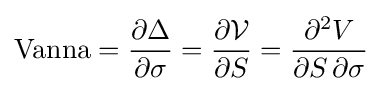
{\text{Vanna}}={\frac {\partial \Delta }{\partial \sigma }}={\frac {\partial {\mathcal {V}}}{\partial S}}={\frac {\partial ^{2}V}{\partial S\,\partial \sigma }}